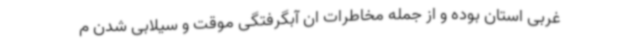
غربی استان بوده و از جمله مخاطرات ان آبگرفتگی موقت و سیلابی شدن م